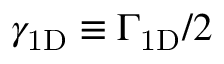
\gamma _ { \mathrm { 1 D } } \equiv \Gamma _ { \mathrm { 1 D } } / 2